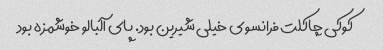
کوکی چاکلت فرانسوی خیلی شیرین بود. پای آلبالو خوشمزه بود